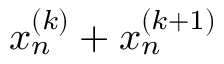
x _ { n } ^ { ( k ) } + x _ { n } ^ { ( k + 1 ) }